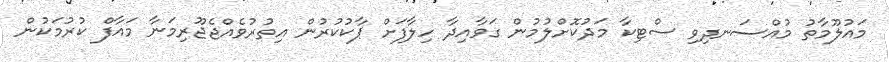
މައުލޫމާތު މުއްސަނދިވި ސްޓިކާ މަދުކޮށްލުމުން ގަވާއިދާ ހިލާފަށް ޕާކުކުރުން އިތުރުވެއްޖެޖޫރިމަނާ މައާފް ކުރުމަކުން